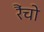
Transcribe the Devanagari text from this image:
रैंचो